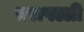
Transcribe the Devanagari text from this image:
एरापल्ली